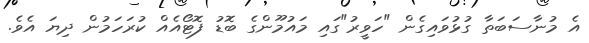
އެ މުނާސަބަތާ ގުޅުވައިގެން "ހަވީރު"ގައި މައުމޫންގެ ބޮޑު ފޮޓޯއެއް ކުރަހަމުން ދިޔަ އެވެ.